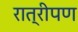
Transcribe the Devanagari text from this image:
रात्रीपण